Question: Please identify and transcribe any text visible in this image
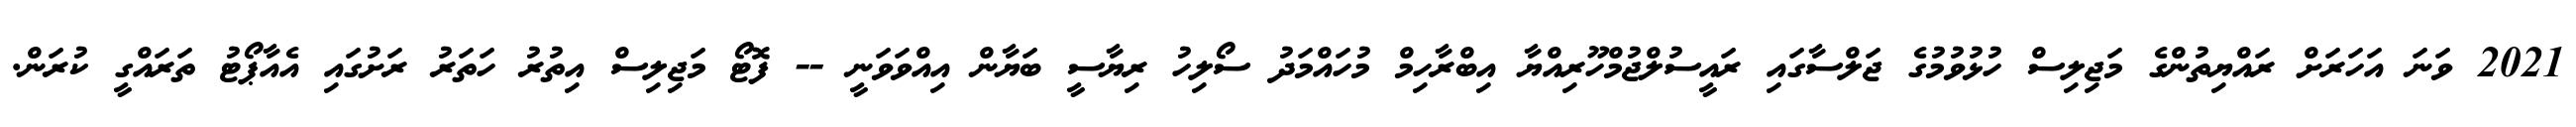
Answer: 2021 ވަނަ އަހަރަށް ރައްޔިތުންގެ މަޖިލިސް ހުޅުވުމުގެ ޖަލްސާގައި ރައީސުލްޖުމްހޫރިއްޔާ އިބްރާހިމް މުހައްމަދު ސޯލިހު ރިޔާސީ ބަޔާން އިއްވަވަނީ -- ފޮޓޯ މަޖިލިސް އިތުރު ހަތަރު ރަށުގައި އެއާޕޯޓު ތަރައްގީ ކުރަން.